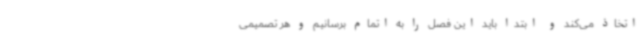
اتخاذ می‌کند و ابتدا باید این فصل را به اتمام برسانیم و هر تصمیمی